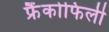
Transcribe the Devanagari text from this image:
फ्रैंकोफिली